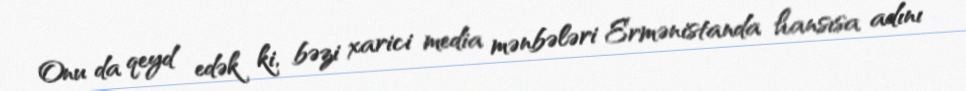
Onu da qeyd edək ki, bəzi xarici media mənbələri Ermənistanda hansısa adını